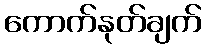
ကောက်နုတ်ချက်